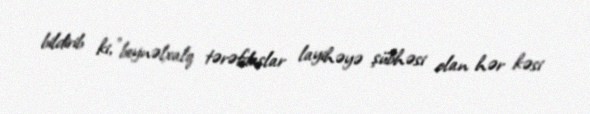
bildirib ki, "beynəlxalq tərəfdaşlar layihəyə şübhəsi olan hər kəsi